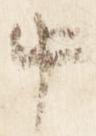
中